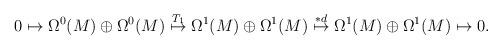
LaTeX: \begin{align*}0 \mapsto \Omega^{0}(M)\oplus\Omega^{0}(M) \stackrel{T_{1}}{\mapsto} \Omega^{1}(M)\oplus\Omega^{1}(M) \stackrel{*d}{\mapsto} \Omega^{1}(M)\oplus\Omega^{1}(M) \mapsto 0.\end{align*}